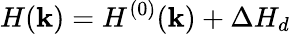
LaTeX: H({\mathbf k})=H^{(0)}({\mathbf k})+\Delta H_{d}